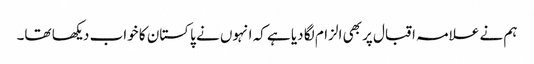
ہم نے علامہ اقبال پر بھی الزام لگا دیا ہے کہ انہوں نے پاکستان کا خواب دیکھا تھا۔